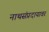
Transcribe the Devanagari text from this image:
नाथसंप्रदायावर